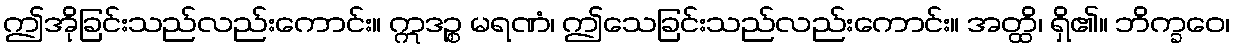
ဤအိုခြင်းသည်လည်းကောင်း။ ဣဒဉ္စ မရဏံ၊ ဤသေခြင်းသည်လည်းကောင်း။ အတ္ထိ၊ ရှိ၏။ ဘိက္ခဝေ၊